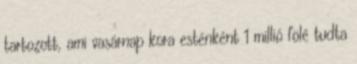
tartozott, ami vasárnap kora esténként 1 millió fölé tudta